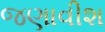
જણાવીશ